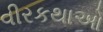
વીરકથાઓ